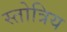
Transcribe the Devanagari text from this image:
स्तोत्रिय